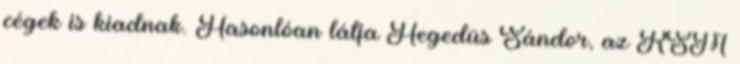
cégek is kiadnak. Hasonlóan látja Hegedüs Sándor, az RSM